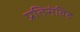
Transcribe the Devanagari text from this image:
प्रतिसंविद